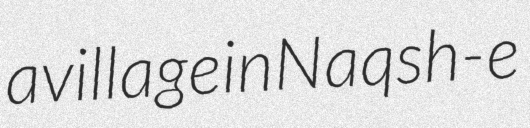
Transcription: a village in Naqsh-e